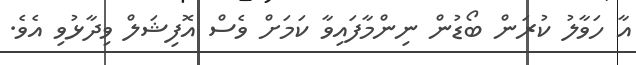
އާ ހަވާލު ކުރަން ބޯޑުން ނިންމާފައިވާ ކަމަށް ވެސް އޮފިޝަލް ވިދާޅުވި އެވެ.